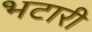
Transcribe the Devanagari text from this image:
भटारी